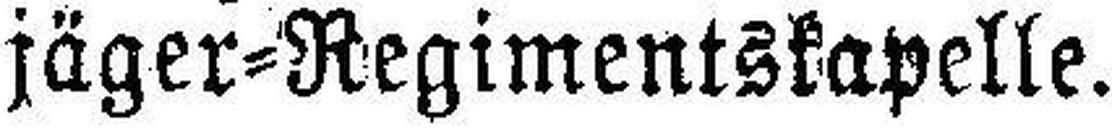
jäger=Regimentskapelle.